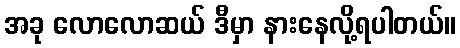
အခု လောလောဆယ် ဒီမှာ နားနေလို့ရပါတယ်။